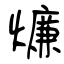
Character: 燫